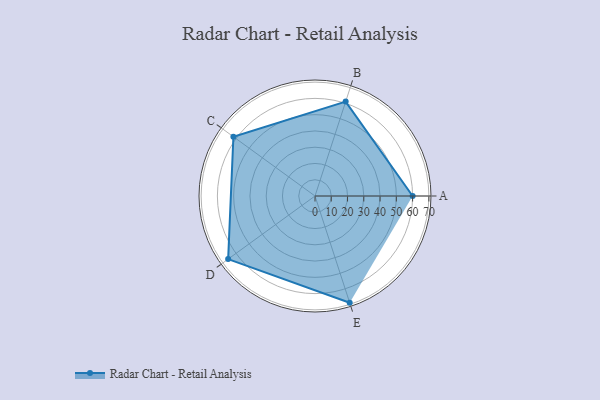
{"axis": {"x": "Skill", "y": "Score"}, "legend": ["Profile"], "data": [{"x": "A", "y": 60.0, "type": "Profile"}, {"x": "B", "y": 61.0, "type": "Profile"}, {"x": "C", "y": 62.0, "type": "Profile"}, {"x": "D", "y": 66.0, "type": "Profile"}, {"x": "E", "y": 69.0, "type": "Profile"}]}